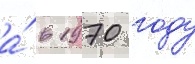
а́ в 1970 году